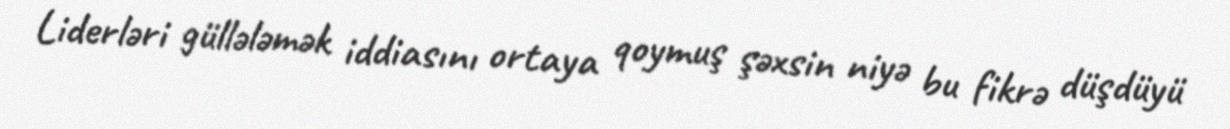
Liderləri güllələmək iddiasını ortaya qoymuş şəxsin niyə bu fikrə düşdüyü